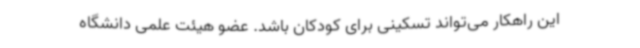
این راهکار می‌تواند تسکینی برای کودکان باشد. عضو هیئت علمی دانشگاه